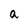
Character: a